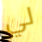
لي